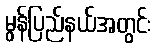
မွန်ပြည်နယ်အတွင်း